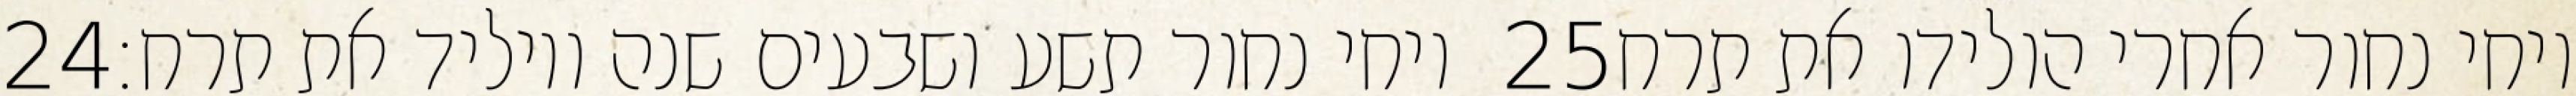
‎24‏ ויחי נחור תשע ושבעים שנה ויוליד את תרח׃ ‎25‏ ויחי נחור אחרי הולידו את תרח